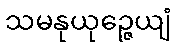
သမနုယုဉ္ဇေယျံ